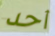
أحد